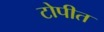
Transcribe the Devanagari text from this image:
टोपीत